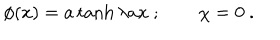
LaTeX: \phi ( x ) = a \tanh \lambda a x ~ ; \qquad \chi = 0 ~ .